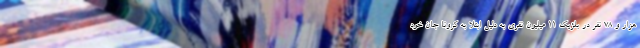
هزار و 78 نفر در بلژیک 11 میلیون نفری به دلیل ابتلا به کرونا جان خود